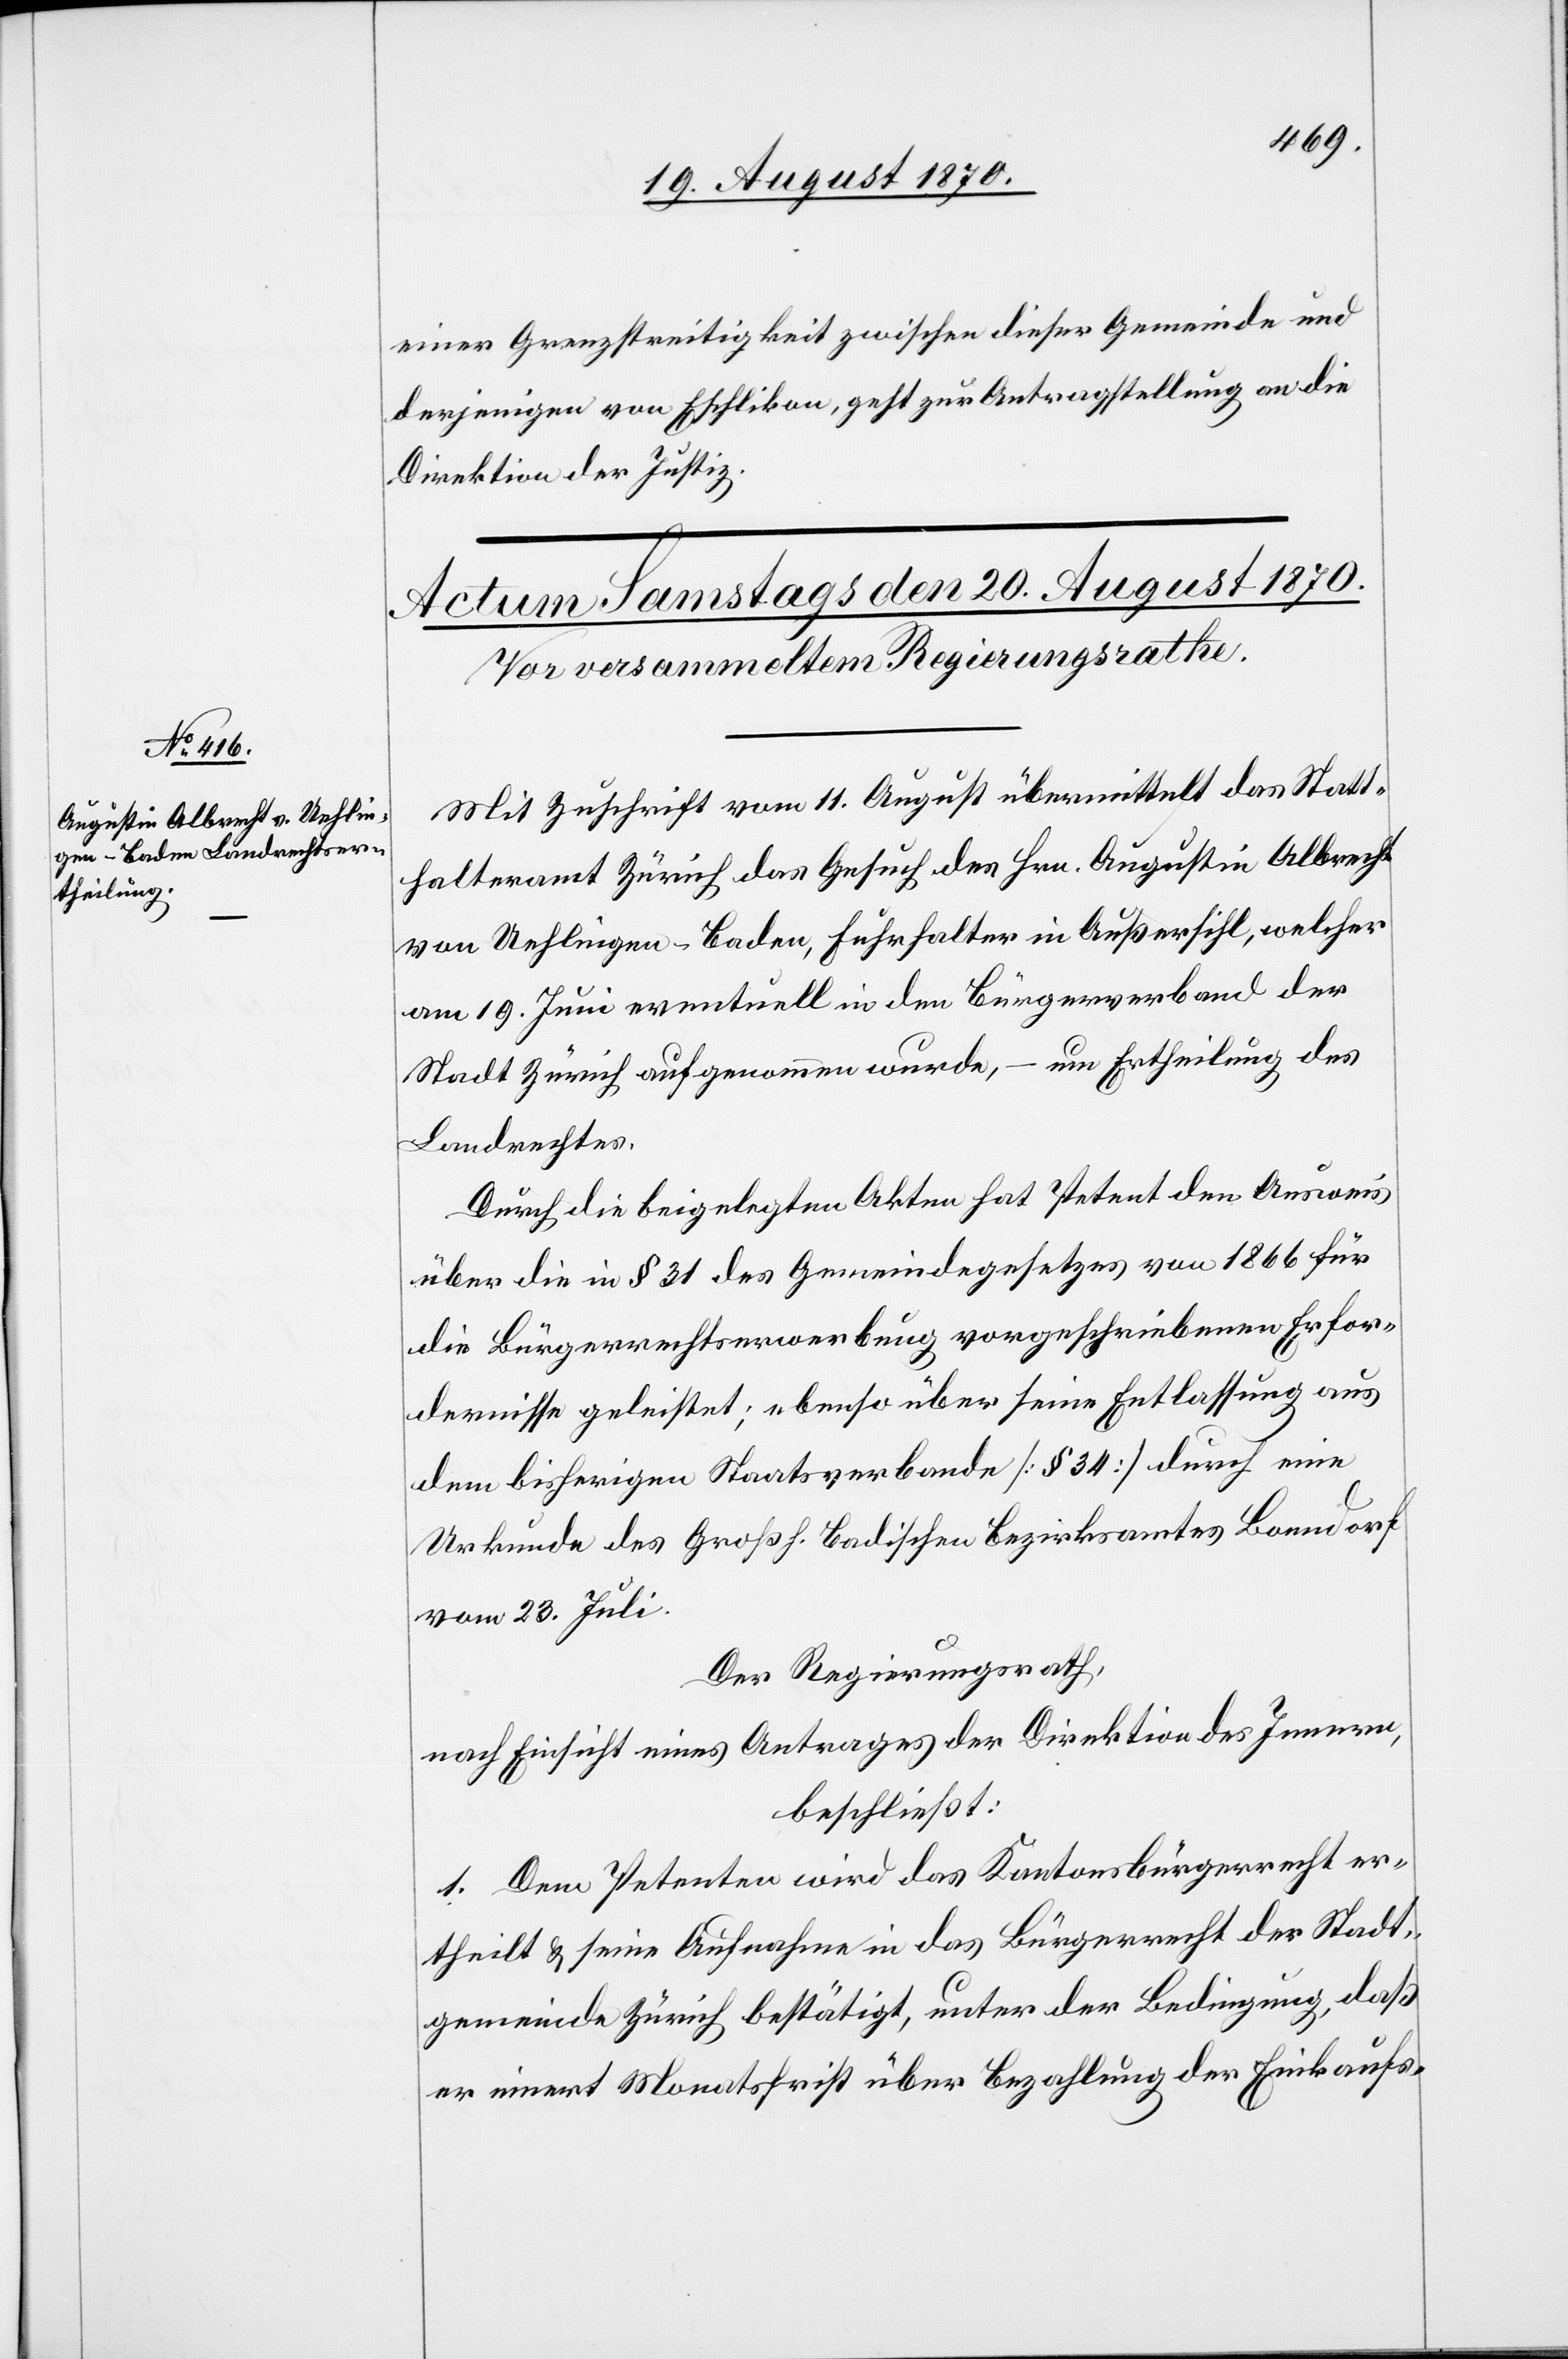
einer Grenzstreitigkeit zwischen dieser Gemeinde und
derjenigen von Eschlikon, geht zur Antragstellung an die
Direktion der Justiz.
Mit Zuschrift vom 11. August übermittelt das Statt¬
halteramt Zürich das Gesuch des Hrn. Augustin Albrecht
von Uehlingen - Baden, Fuhrhalter in Außersihl, welcher
am 19. Juni eventuell in den Bürgerverband der
Stadt Zürich aufgenommen wurde, – um Ertheilung des
Landrechtes.
Durch die beigelegten Akten hat Petent den Ausweis
über die in § 31 des Gemeindegesetzes von 1866 für
die Bürgerrechtserwerbung vorgeschriebenen Erfor¬
dernisse geleistet; ebenso über seine Entlassung aus
dem bisherigen Staatsverbande [§ 34] durch eine
Urkunde des Großh. Badischen Bezirksamtes Bonndorf
vom 23. Juli.
Der Regierungsrath,
nach Einsicht eines Antrages der Direktion des Innern,
beschließt:
1. Dem Petenten wird das Kantonsbürgerrecht er¬
theilt & seine Aufnahme in das Bürgerrecht der Stadt¬
gemeinde Zürich bestätigt, unter der Bedingung, daß
er innert Monatsfrist über Bezahlung der Einkaufs-